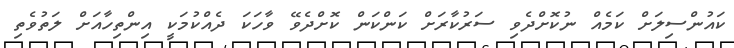
ކައުންސިލަށް ކަމެއް ނުކޮށްދެވި ސަރުކާރަށް ކަންކަން ކޮށްދެވޭ ވާހަކަ ދެއްކުމަކީ އިންތިހާއަށް ލަތުވެތި